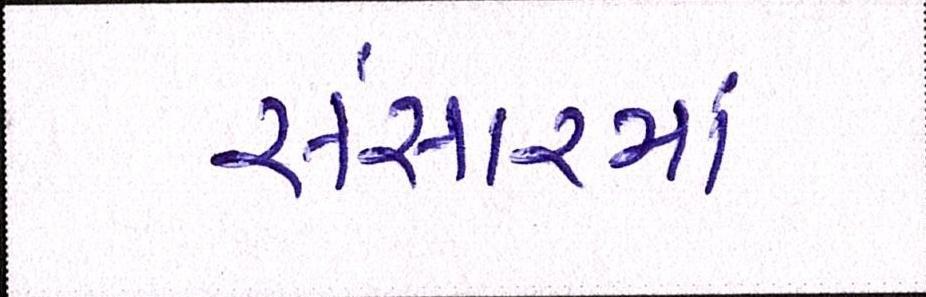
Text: સંસારમાં